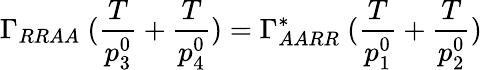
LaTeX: \Gamma_{RRAA}\ ({\frac{T}{p_{3}^{0}}}+{\frac{T}{p_{4}^{0}}})=\Gamma_{AARR}^{*}\ ({\frac{T}{p_{1}^{0}}}+{\frac{T}{p_{2}^{0}}})